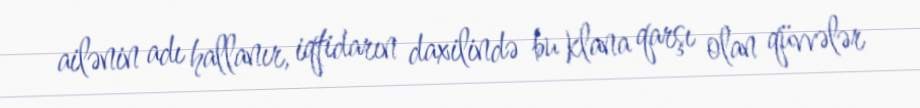
ailənin adı hallanır, iqtidarın daxilində bu klana qarşı olan qüvvələr